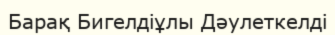
Барақ Бигелдіұлы Дәулеткелді